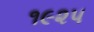
૧૯૨૫